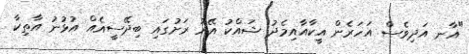
"އާނ އަދިވެސް އަހަރެން އީކާއާއިމެދު ޝައްކު އޭރު ރަށުގައި ބިދޭސީއެއް އުޅުނު އާތިކާ